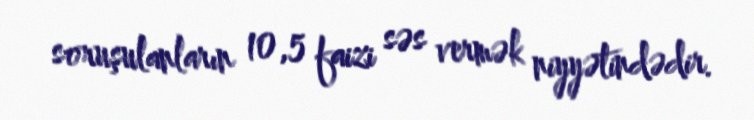
soruşulanların 10,5 faizi səs vermək niyyətindədir.